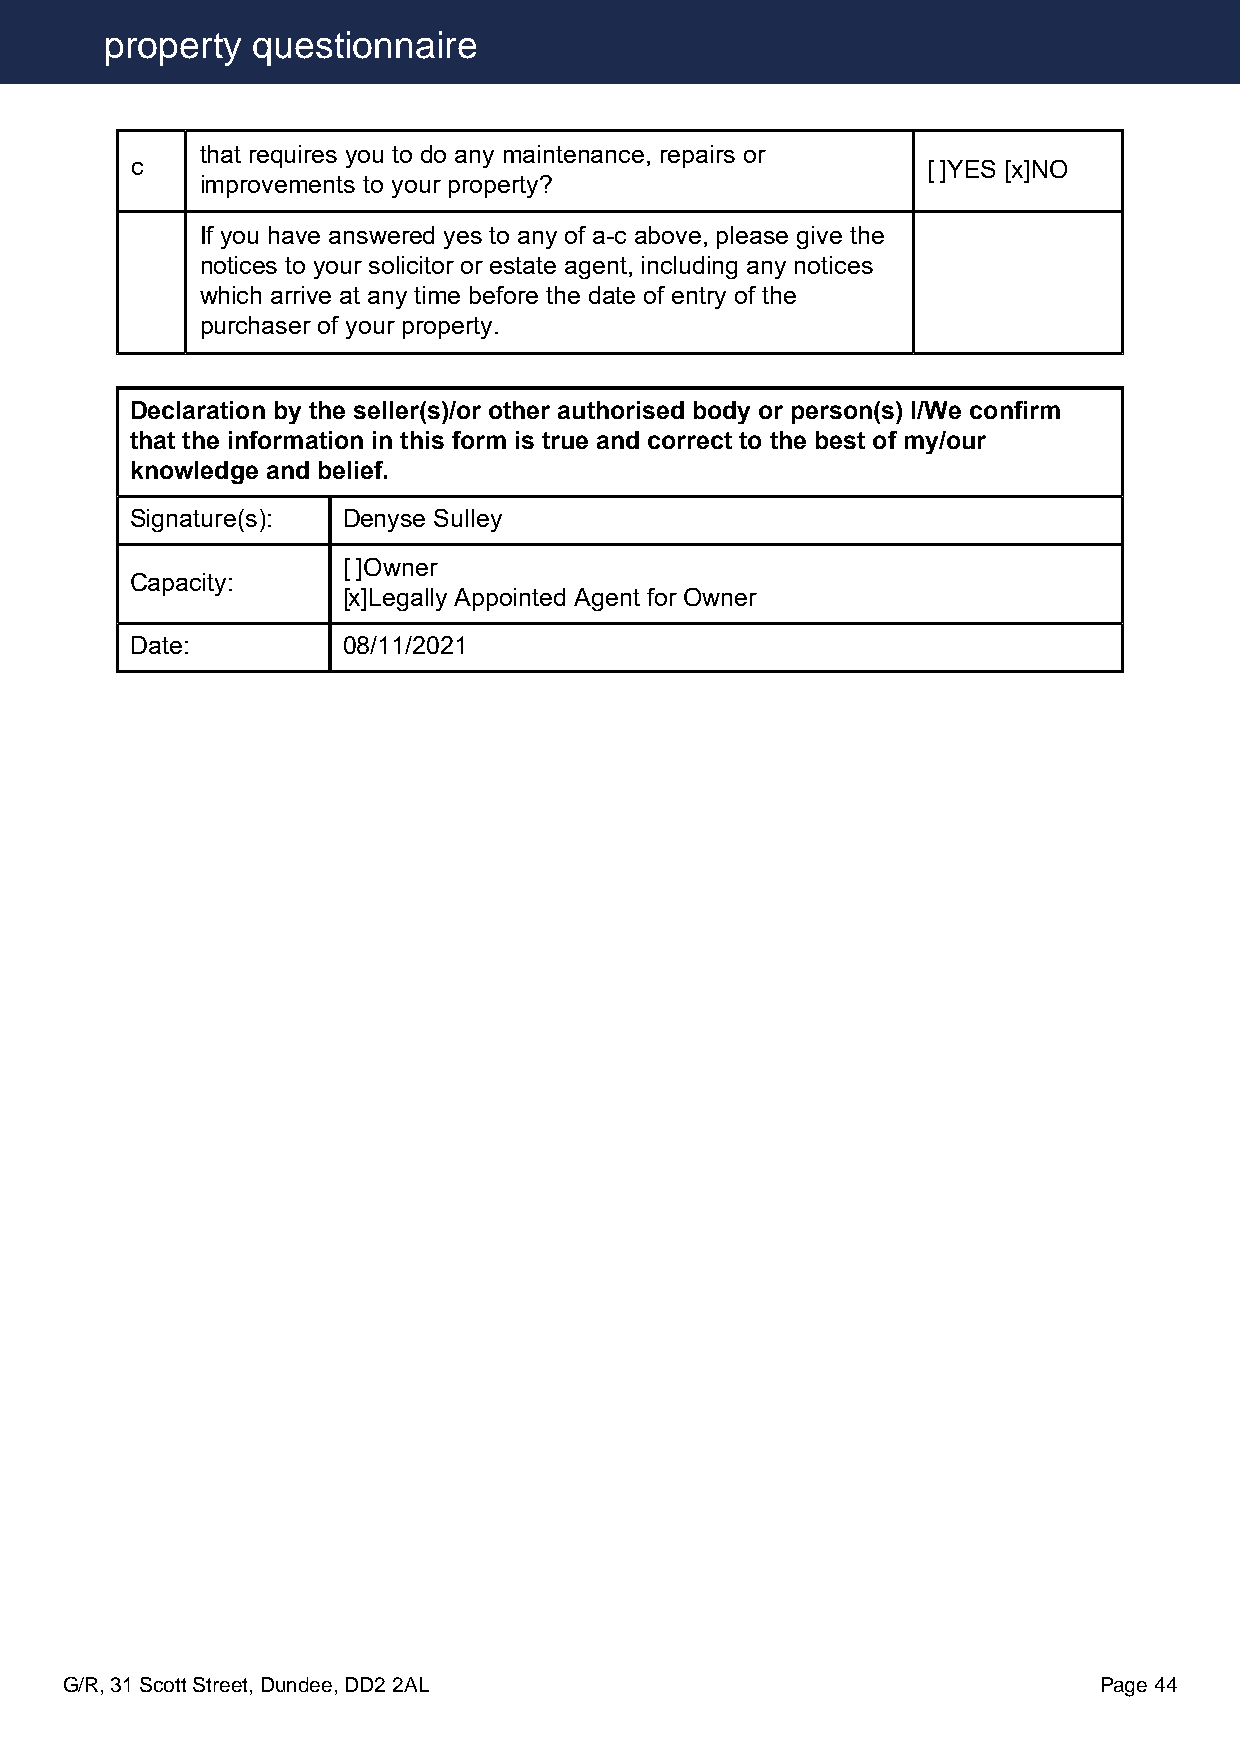
property  questionnaire
 that requires you to do any maintenance, repairs or
 c                                                   [ ]YES [x]NO
 improvements to your property?
 If you have answered yes to any of a-c above, please give the
 notices to your solicitor or estate agent, including any notices
 which arrive at any time before the date of entry of the
 purchaser of your property.
 Declaration by the seller(s)/or other authorised body or person(s) I/We confirm
 that the information in this form is true and correct to the best of my/our
 knowledge and belief.
 Signature(s): Denyse Sulley
 [ ]Owner
 Capacity:
 [x]Legally Appointed Agent for Owner
 Date:         08/11/2021
 G/R, 31 Scott Street, Dundee, DD2 2AL                                Page 44